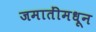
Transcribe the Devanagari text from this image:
जमातींमधून